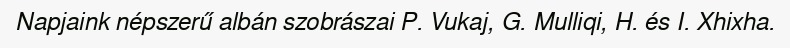
Napjaink népszerű albán szobrászai P. Vukaj, G. Mulliqi, H. és I. Xhixha.